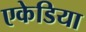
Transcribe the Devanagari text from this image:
एकेडिया